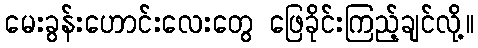
မေးခွန်းဟောင်းလေးတွေ ဖြေခိုင်းကြည့်ချင်လို့။